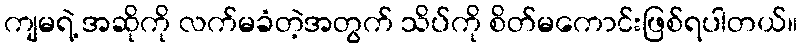
ကျမရဲ့ အဆိုကို လက်မခံတဲ့အတွက် သိပ်ကို စိတ်မကောင်းဖြစ်ရပါတယ်။